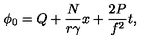
\phi _ { 0 } = Q + \frac { N } { r { \gamma } } x + { \frac { 2 P } { f ^ { 2 } } } t ,